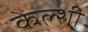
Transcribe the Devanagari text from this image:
केल्शी